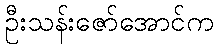
ဦးသန်းဇော်အောင်က